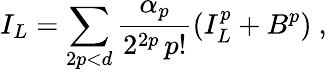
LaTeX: I_{L}=\sum_{2p<d}\frac{\alpha_{p}}{2^{2p}\, p!}(I_{L}^{p}+B^{p})\ ,